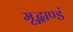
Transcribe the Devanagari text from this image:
मृद्भाण्डं